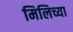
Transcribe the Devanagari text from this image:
मिलिच्या